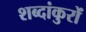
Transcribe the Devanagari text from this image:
शब्दांकुरों